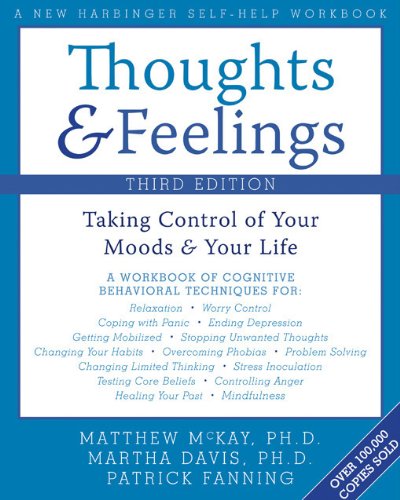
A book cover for Thoughts and Feelings: Taking Control of Your Moods and Your Life; Martha Davis PhD; Self-Help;